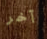
آخر